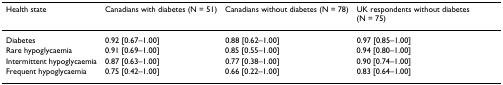
<table><thead><tr><td><b>Health state</b></td><td><b>Canadians with diabetes (N = 51)</b></td><td><b>Canadians without diabetes (N = 78)</b></td><td><b>UK respondents without diabetes (N = 75)</b></td></tr></thead><tbody><tr><td>Diabetes</td><td>0.92 [0.67–1.00]</td><td>0.88 [0.62–1.00]</td><td>0.97 [0.85–1.00]</td></tr><tr><td>Rare hypoglycaemia</td><td>0.91 [0.69–1.00]</td><td>0.85 [0.55–1.00]</td><td>0.94 [0.80–1.00]</td></tr><tr><td>Intermittent hypoglycaemia</td><td>0.87 [0.63–1.00]</td><td>0.77 [0.38–1.00]</td><td>0.90 [0.74–1.00]</td></tr><tr><td>Frequent hypoglycaemia</td><td>0.75 [0.42–1.00]</td><td>0.66 [0.22–1.00]</td><td>0.83 [0.64–1.00]</td></tr></tbody></table>